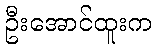
ဦးအောင်ထူးက